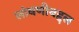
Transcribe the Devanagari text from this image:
लांबणीबद्दल